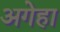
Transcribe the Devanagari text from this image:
अगेहा